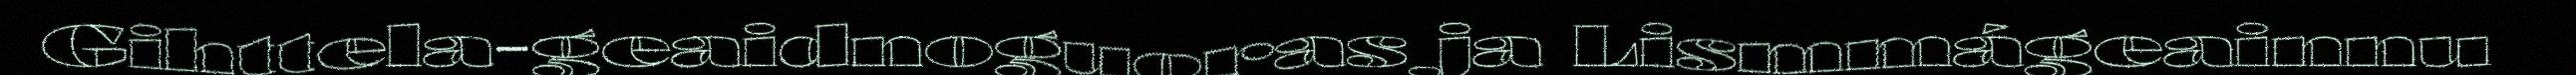
Gihttela-geaidnoguoras ja Lismmágeainnu